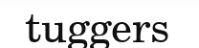
tuggers